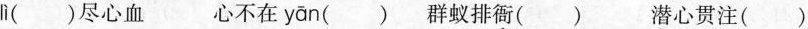
lì ()尽心血 心不在 yān ()群蚁排衙() 潜心贯注()